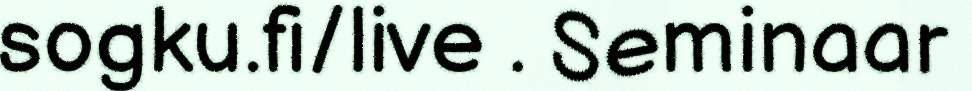
sogku.fi/live . Seminaar